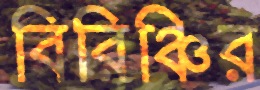
বিরিঞ্চির